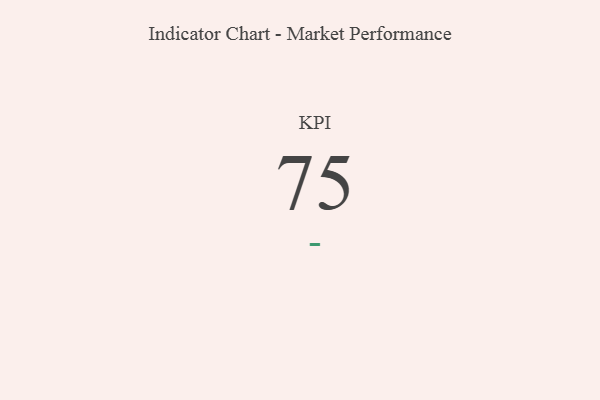
{"axis": {"x": "KPI", "y": "Value"}, "legend": [""], "data": [{"x": "KPI", "y": 75, "type": ""}]}